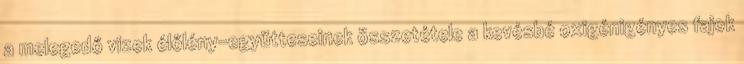
a melegedő vizek élőlény-együtteseinek összetétele a kevésbé oxigénigényes fajok